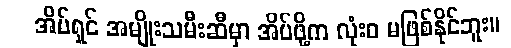
အိမ်ရှင် အမျိုးသမီးဆီမှာ အိပ်ဖို့က လုံးဝ မဖြစ်နိုင်ဘူး။